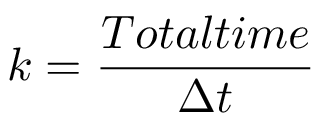
k = \frac { T o t a l t i m e } { \Delta t }